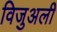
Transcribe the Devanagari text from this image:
विजुअली